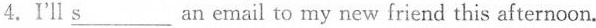
4.I'll \underline{s}___ an email to my new friend this afternoon.